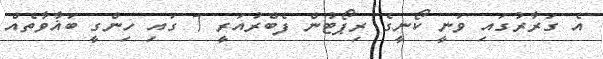
އެ ގަރާރުގައި ވަނީ ކޯނީގެ ރިޕޯޓުން ފެބްރުއަރީ 7 ގައި ހިންގީ ބަޣާވާތެއް